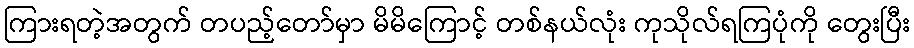
ကြားရတဲ့အတွက် တပည့်တော်မှာ မိမိကြောင့် တစ်နယ်လုံး ကုသိုလ်ရကြပုံကို တွေးပြီး